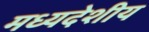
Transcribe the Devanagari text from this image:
मध्‍यदेशीय